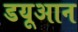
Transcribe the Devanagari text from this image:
डयूआन